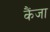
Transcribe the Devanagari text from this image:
कैंजा